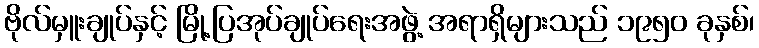
ဗိုလ်မှူးချုပ်နှင့် မြို့ပြအုပ်ချုပ်ရေးအဖွဲ့ အရာရှိများသည် ၁၉၅၀ ခုနှစ်၊